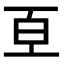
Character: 𭽈